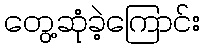
တွေ့ဆုံခဲ့ကြောင်း